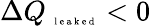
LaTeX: \Delta Q_{\mathrm{~\tiny~l~e~a~k~e~d~}}<0